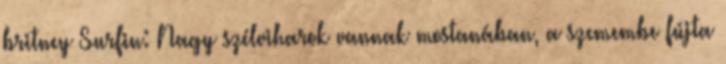
britney Surfin: Nagy szélviharok vannak mostanában, a szemembe fújta